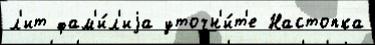
л'ит фам'и́л'иjа уточн'и́т'е Настопка